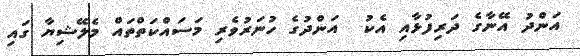
އަންދު އޭނާގެ ދަރިފުޅާއި އެކު  އަންދުގެ ހުނަރުވެރި މަސައްކަތްތައް މެލޭޝިޔާ ގައި